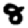
Digit: 8